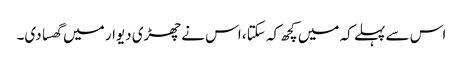
اس سے پہلے کہ میں کچھ کہ سکتا، اس نے چھڑی دیوار میں گھسا دی۔